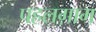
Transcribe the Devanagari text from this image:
पहलग़ाम